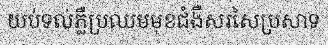
យប់ទល់ភ្លឺប្រឈមមុខជំងឺសរសៃប្រសាទ